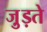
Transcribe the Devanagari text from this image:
जु़ड़ते